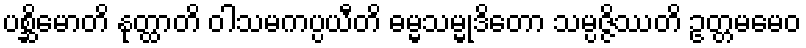
ပစ္ဆိမောတိ နုတ္ထာတိ ဝါသမကပ္ပယီတိ ဓမ္မသမ္မုဒိတော သမ္ပဇ္ဇိဿတိ ဥတ္တမမေဝ